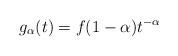
LaTeX: \begin{align*}g_{\alpha}(t)=f(1-\alpha)t^{-\alpha}\end{align*}